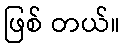
ဖြစ် တယ်။